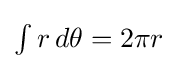
{\textstyle \int r\,d\theta =2\pi r}